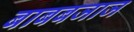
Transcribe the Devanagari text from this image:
बाबबजाज